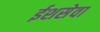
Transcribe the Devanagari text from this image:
ईशसेवा